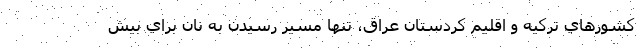
كشورهاي تركيه و اقليم كردستان عراق، تنها مسير رسيدن به نان براي بيش